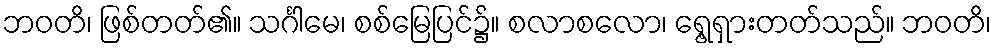
ဘဝတိ၊ ဖြစ်တတ်၏။ သင်္ဂါမေ၊ စစ်မြေပြင်၌။ စလာစလော၊ ရွေ့ရှားတတ်သည်။ ဘဝတိ၊